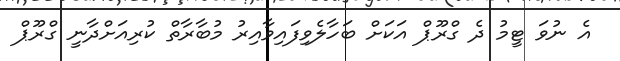
އެ ނުވަ ޓީމު ދެ ގްރޫޕް އަކަށް ބަހާލެވިފައިވާއިރު މުބާރާތް ކުރިއަށްދާނީ ގްރޫޕް